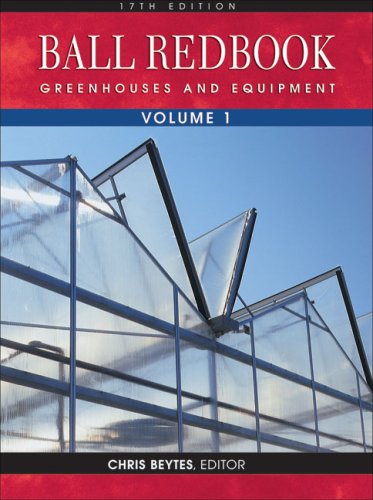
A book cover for Ball RedBook, Volume 1: Greenhouses and Equipment; Crafts, Hobbies & Home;